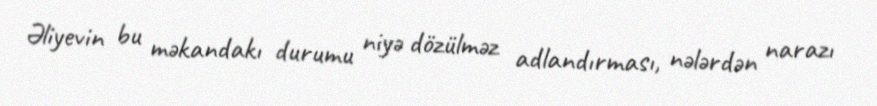
Əliyevin bu məkandakı durumu niyə dözülməz adlandırması, nələrdən narazı